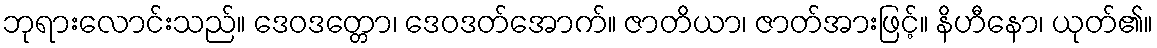
ဘုရားလောင်းသည်။ ဒေဝဒတ္တော၊ ဒေဝဒတ်အောက်။ ဇာတိယာ၊ ဇာတ်အားဖြင့်။ နိဟီနော၊ ယုတ်၏။